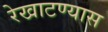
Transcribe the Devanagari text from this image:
रेखाटण्यास